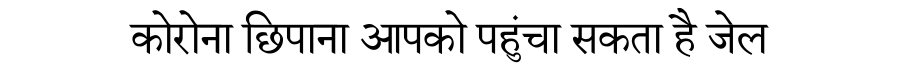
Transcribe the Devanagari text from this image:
कोरोना छिपाना आपको पहुंचा सकता है जेल